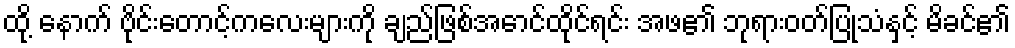
ထို့ နောက် ဗိုင်းတောင့်ကလေးများကို ချည်ဖြစ်အောင်ထိုင်ရင်း အဖ၏ ဘုရားဝတ်ပြုသံနှင့် မိခင်၏